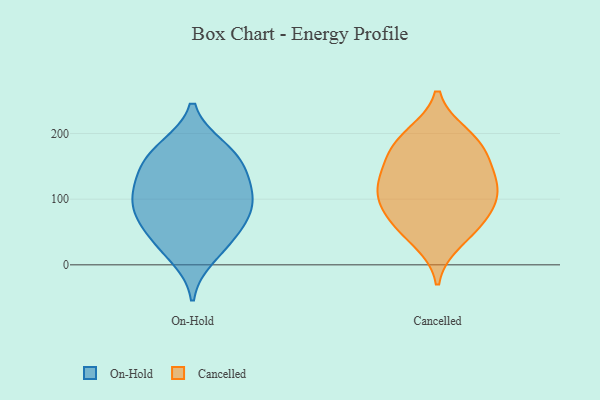
{"axis": {"x": "Bounce Rate (%)", "y": "Value"}, "legend": ["Cancelled", "On-Hold"], "data": [{"x": "", "y": 90, "type": "On-Hold"}, {"x": "", "y": 91, "type": "On-Hold"}, {"x": "", "y": 113, "type": "On-Hold"}, {"x": "", "y": 66, "type": "On-Hold"}, {"x": "", "y": 178, "type": "On-Hold"}, {"x": "", "y": 179, "type": "On-Hold"}, {"x": "", "y": 142, "type": "On-Hold"}, {"x": "", "y": 36, "type": "On-Hold"}, {"x": "", "y": 43, "type": "On-Hold"}, {"x": "", "y": 111, "type": "On-Hold"}, {"x": "", "y": 141, "type": "On-Hold"}, {"x": "", "y": 12, "type": "On-Hold"}, {"x": "", "y": 78, "type": "On-Hold"}, {"x": "", "y": 160, "type": "On-Hold"}, {"x": "", "y": 198, "type": "Cancelled"}, {"x": "", "y": 162, "type": "Cancelled"}, {"x": "", "y": 80, "type": "Cancelled"}, {"x": "", "y": 117, "type": "Cancelled"}, {"x": "", "y": 105, "type": "Cancelled"}, {"x": "", "y": 193, "type": "Cancelled"}, {"x": "", "y": 175, "type": "Cancelled"}, {"x": "", "y": 117, "type": "Cancelled"}, {"x": "", "y": 59, "type": "Cancelled"}, {"x": "", "y": 68, "type": "Cancelled"}, {"x": "", "y": 36, "type": "Cancelled"}, {"x": "", "y": 116, "type": "Cancelled"}, {"x": "", "y": 149, "type": "Cancelled"}]}